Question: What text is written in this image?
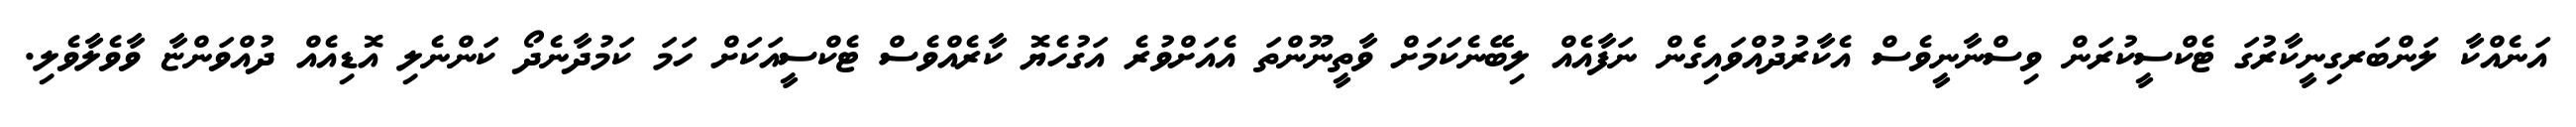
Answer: އަނެއްކާ ލަންބަރގިނީކާރުގަ ޓެކްސީކުރަން ވިސްނާނީވެސް އެކާރުދުއްވައިގެން ނަފާއެއް ލިބޭނެކަމަށް ވާތީނޫންތަ އެއަށްވުރެ އަގުހެޔޮ ކާރެއްވެސް ޓެކްސީއަކަށް ހަމަ ކަމުދާނެދޯ ކަންނެލި އޮޑިއެއް ދުއްވަންޏާ ވާވެލާވެލި.